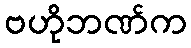
ဗဟိုဘဏ်က